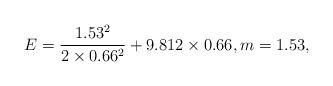
LaTeX: \begin{align*} E = \frac{1.53^2}{2\times0.66^2} + 9.812\times0.66, m =1.53,\end{align*}